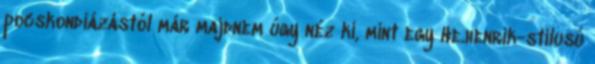
pocskondiázástól már majdnem úgy néz ki, mint egy He.henrik-stílusú